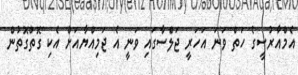
އެމްއާރުސީގެ ހަތް ވަނަ އަހަރީ ޖަލްސާގައި ވަނީ އެ ޖަމިއްޔާއަށް އެކި ގޮތްގޮތުން